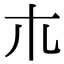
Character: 𣎳